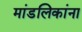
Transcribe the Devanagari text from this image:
मांडलिकांना